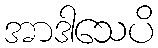
အာဒါသေပိ